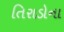
તિરાડોના